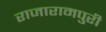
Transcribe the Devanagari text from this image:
राजारामपुरी